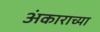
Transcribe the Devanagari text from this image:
अंकाराच्या